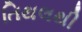
તિથલથી